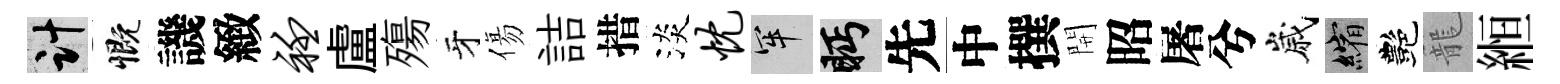
計慨譏緻衽盧殤牙傷詰措淡忱牢眄先中撰開昭屠兮嵗縮艷籠縆